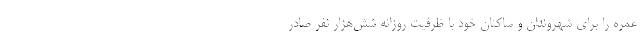
عمره را برای شهروندان و ساکنان خود با ظرفیت روزانه شش‌هزار نفر صادر